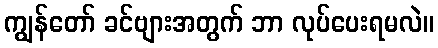
ကျွန်တော် ခင်ဗျားအတွက် ဘာ လုပ်ပေးရမလဲ။